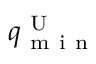
q _ { \mathrm { ~ m ~ i ~ n ~ } } ^ { \mathrm { ~ U ~ } }